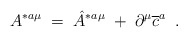
\begin{align*}A^{*a\mu }\;=\;\hat{A}^{*a\mu }\;+\;\partial ^\mu \overline{c}^a\;\;.\end{align*}